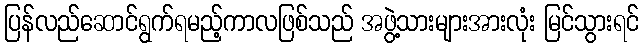
ပြန်လည်ဆောင်ရွက်ရမည့်ကာလဖြစ်သည် အဖွဲ့သားများအားလုံး မြင်သွားရင်